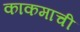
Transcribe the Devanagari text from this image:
काकमाची